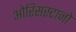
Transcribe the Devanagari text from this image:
ओरिसस्टानो